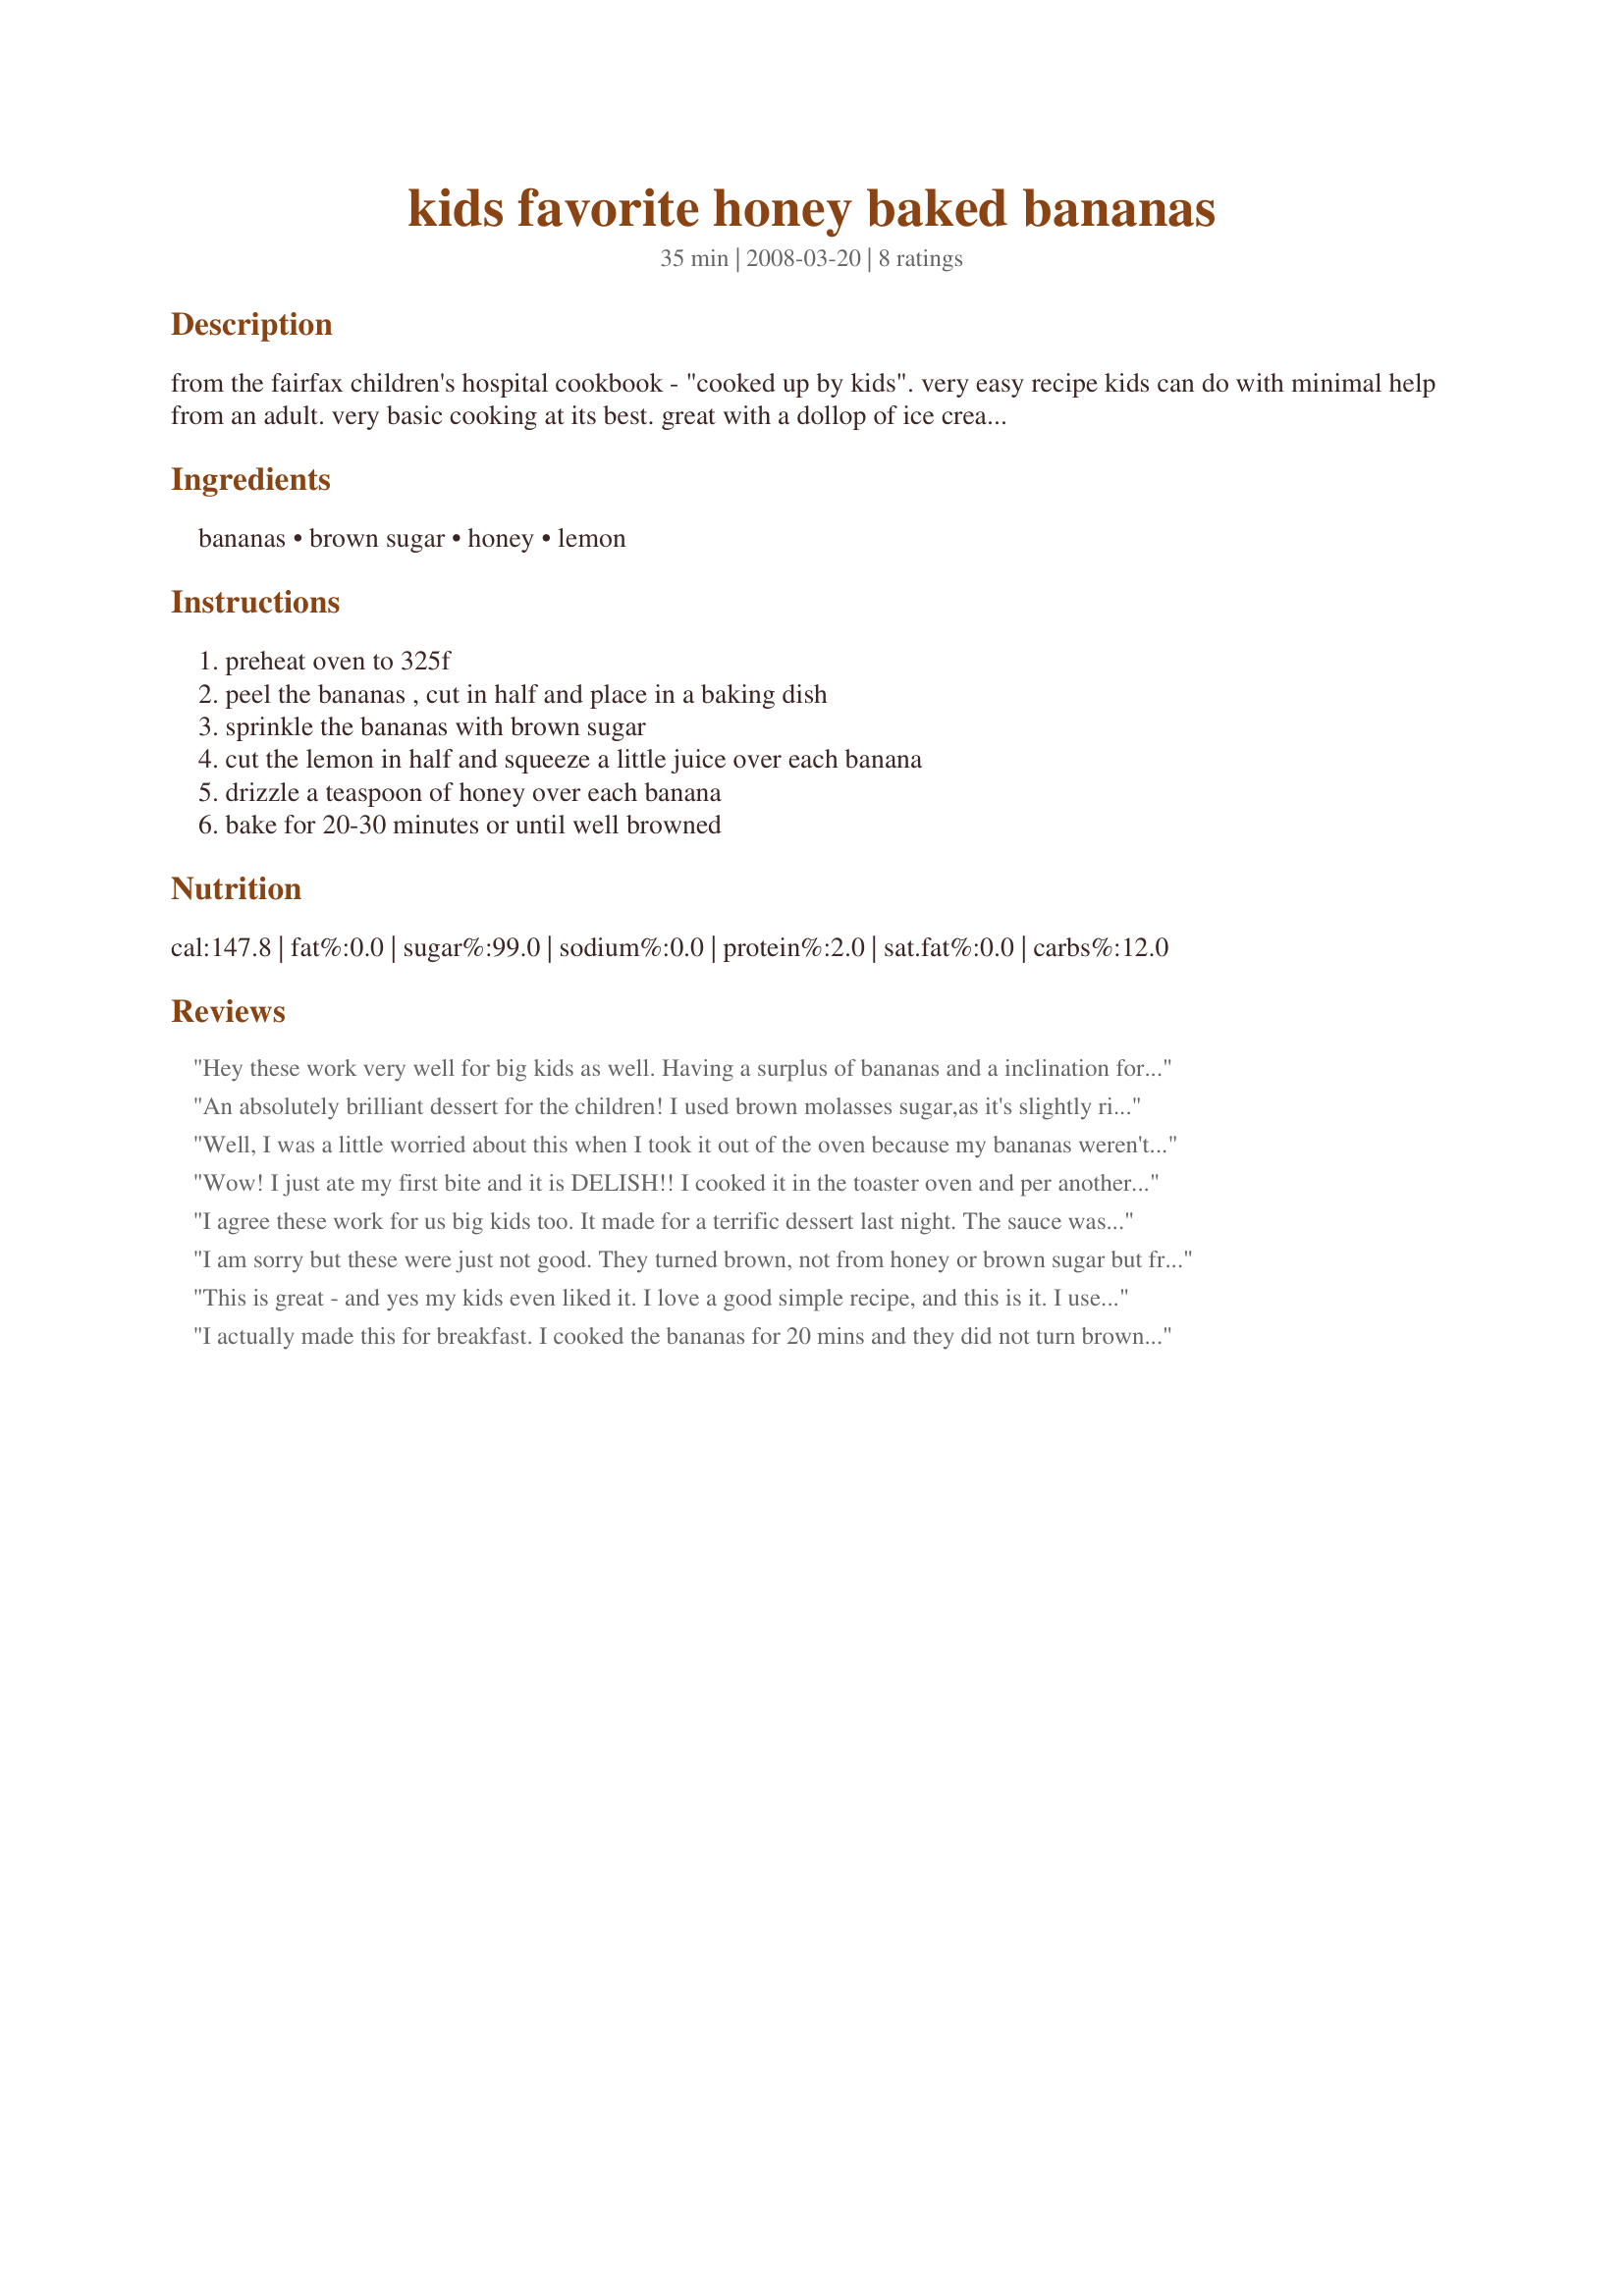
kids favorite honey baked bananas
Preparation time: 35 minutes

from the fairfax children's hospital cookbook - "cooked up by kids". very easy recipe kids can do with minimal help from an adult. very basic cooking at its best. great with a dollop of ice cream served on the side.

Ingredients:
bananas, brown sugar, honey, lemon

Steps:
preheat oven to 325f, peel the bananas , cut in half and place in a baking dish, sprinkle the bananas with brown sugar, cut the lemon in half and squeeze a little juice over each banana, drizzle a teaspoon of honey over each banana, bake for 20-30 minutes or until well browned

Reviews:
Hey these work very well for big kids as well. Having a surplus of bananas and a inclination for fruit treats I decided to make this las evening as a quick dessert. One caution, this takes much less time in a toaster oven as mine were done in just 15 minutes. The honey and citrus sauce was just wonderful and the dish paired well with a small scoop of light bunny tracks ice cream. Leftovers were great for breakfast this morning with some Greek yogurt and a a sprinkling of low fat granola. Thanks!
An absolutely brilliant dessert for the children! I used brown molasses sugar,as it's slightly richer and has a deeper flavour (and because I need to use it up!).
Bowls were cleaned out...so I'm guessing that they quite liked it!!!
Thanks Hokies....maybe next time the adults might get a look in!!
Made for 1-2-3 Hits.
Well, I was a little worried about this when I took it out of the oven because my bananas weren't very pretty, but they sure tasted good with some vanilla yogurt on top and even on their own! I made as directed using orange blossom honey. Next time I might put a bit more brown sugar, but they were very tasty and a great way to use up some extra bananas! Thanks for sharing Hokies! Made for Feb/Mar 2010 Potluck Tag
Wow! I just ate my first bite and it is DELISH!!
I cooked it in the toaster oven and per another person's note I checked it at 15 minutes, but decided to leave it in the full 25 minutes. I feel it came out perfectly. I put a little whipped cream on there and mmm...mmm...mmm!
I agree these work for us big kids too. It made for a terrific dessert last night. The sauce was terrific, and this is Definately a keeper. Made for 1-2-3 hit wonders.
I am sorry but these were just not good. They turned brown, not from honey or brown sugar but from the banana just cooking in the oven. They were mushy and inedible.
This is great - and yes my kids even liked it. I love a good simple recipe, and this is it. I used an orange instead of a lemon. It was not overly sweet and the flavor of the banana really came through from baking it. I will make this again soon. Made and Reviewed for 123 Hit Wonders - Thanks! :)
I actually made this for breakfast. I cooked the bananas for 20 mins and they did not turn brown but were warm all the through and soft. Very yummy. I may make again for dessert with a scope of ice cream on the side.
